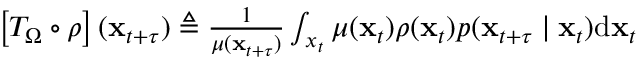
\begin{array} { r } { \left[ T _ { \Omega } \circ \rho \right] ( \mathbf { x } _ { t + \tau } ) \triangleq \frac { 1 } { \mu ( \mathbf { x } _ { t + \tau } ) } \int _ { x _ { t } } \mu ( \mathbf { x } _ { t } ) \rho ( \mathbf { x } _ { t } ) p ( \mathbf { x } _ { t + \tau } \mid \mathbf { x } _ { t } ) \mathrm { d } \mathbf { x } _ { t } } \end{array}